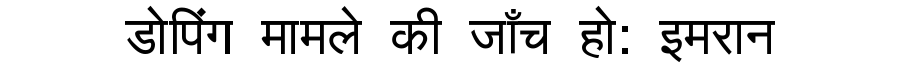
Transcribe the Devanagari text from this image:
डोपिंग मामले की जाँच हो: इमरान